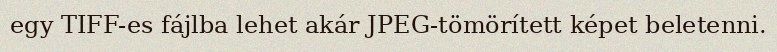
egy TIFF-es fájlba lehet akár JPEG-tömörített képet beletenni.